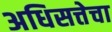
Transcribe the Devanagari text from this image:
अधिसत्तेचा